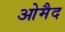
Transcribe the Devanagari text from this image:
ओमैद